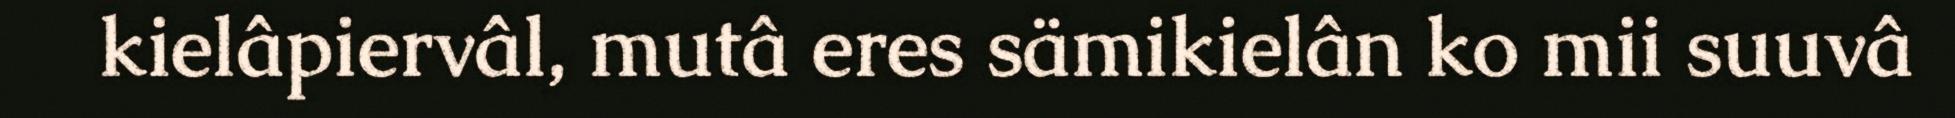
kielâpiervâl, mutâ eres sämikielân ko mii suuvâ